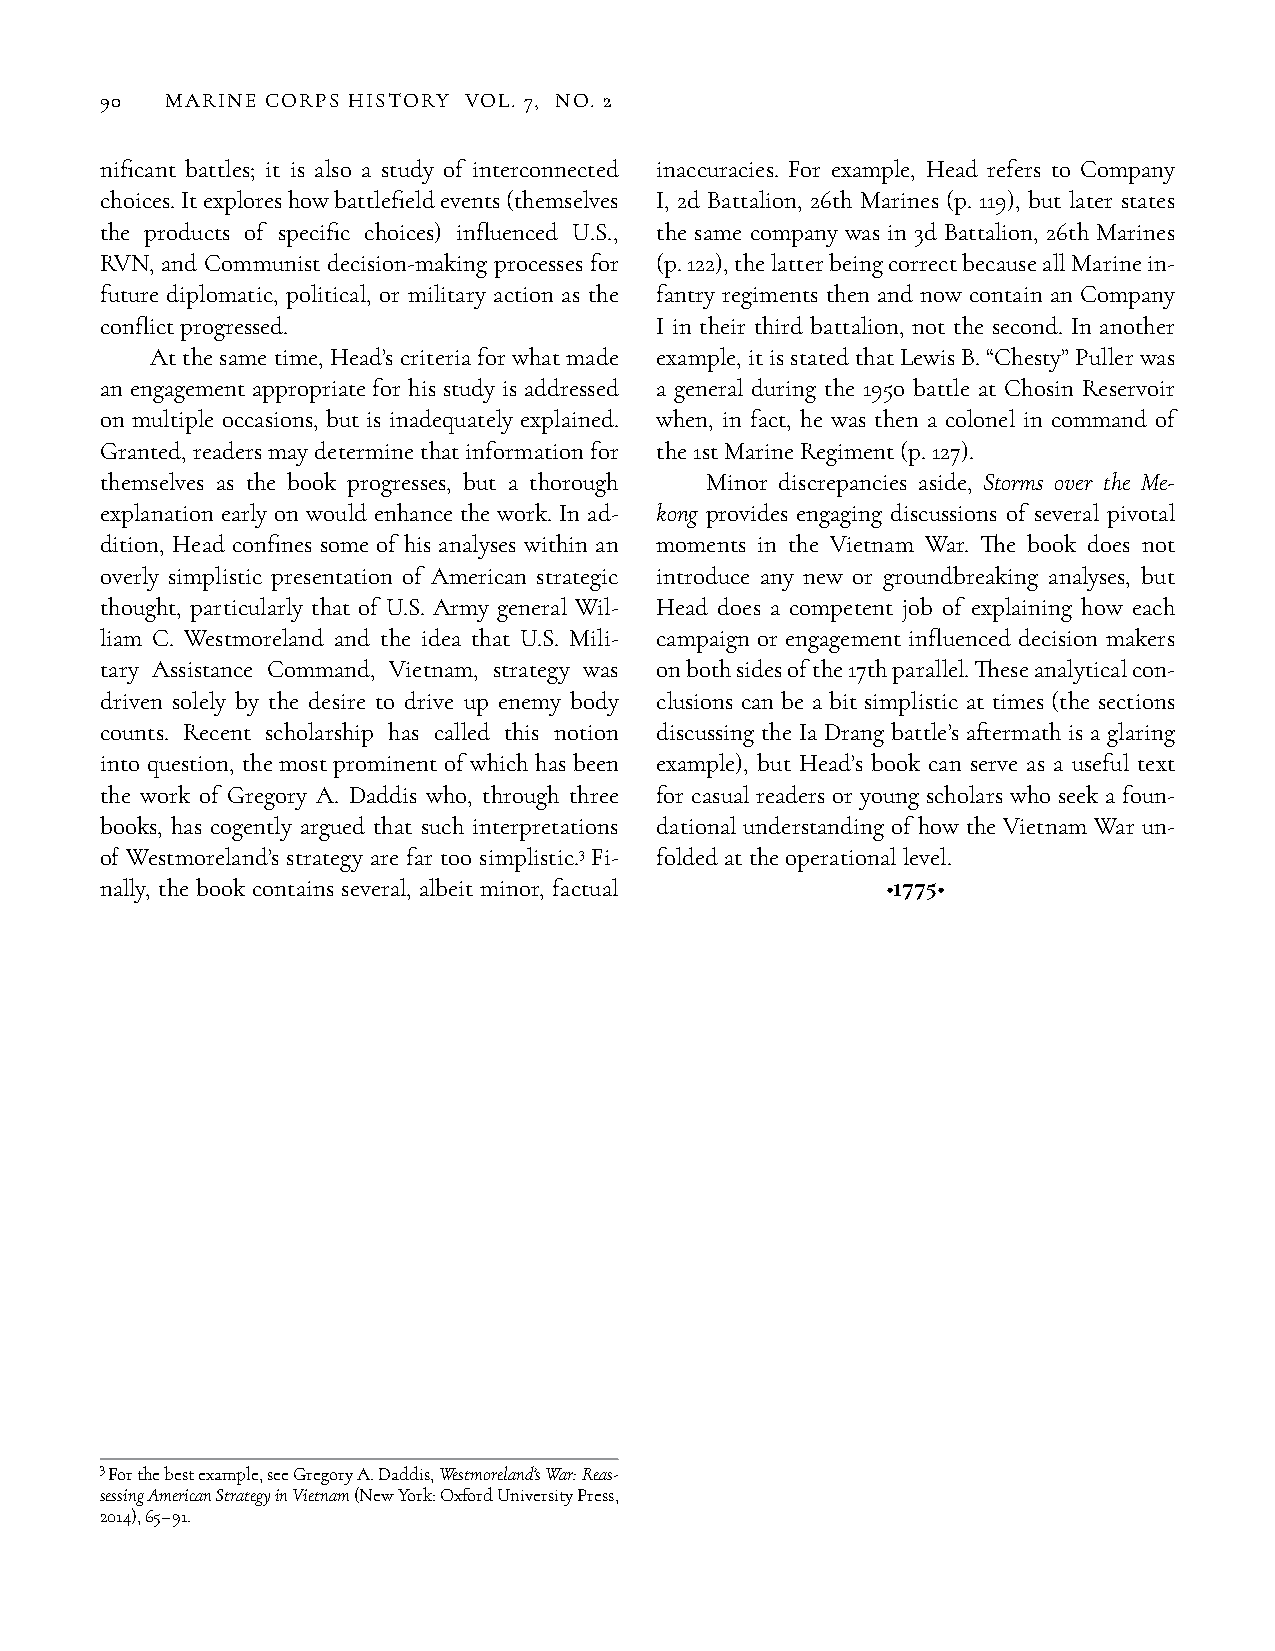
90  MARINE CORPS HISTORY VOL. 7, NO. 2
 nificant battles; it is also a study of interconnected inaccuracies. For example, Head refers to Company
 choices. It explores how battlefield events (themselves I, 2d Battalion, 26th Marines (p. 119), but later states
 the products of specific choices) influenced U.S., the same company was in 3d Battalion, 26th Marines
 RVN, and Communist decision-making processes for (p. 122), the latter being correct because all Marine in-
 future diplomatic, political, or military action as the fantry regiments then and now contain an Company
 conflict progressed.                I in their third battalion, not the second. In another
 At the same time, Head’s criteria for what made example, it is stated that Lewis B. “Chesty” Puller was
 an engagement appropriate for his study is addressed a general during the 1950 battle at Chosin Reservoir
 on multiple occasions, but is inadequately explained. when, in fact, he was then a colonel in command of
 Granted, readers may determine that information for the 1st Marine Regiment (p. 127).
 themselves as the book progresses, but a thorough Minor discrepancies aside, Storms over the Me-
 explanation early on would enhance the work. In ad- kong provides engaging discussions of several pivotal
 dition, Head confines some of his analyses within an moments in the Vietnam War. The book does not
 overly simplistic presentation of American strategic introduce any new or groundbreaking analyses, but
 thought, particularly that of U.S. Army general Wil- Head does a competent job of explaining how each
 liam C. Westmoreland and the idea that U.S. Mili- campaign or engagement influenced decision makers
 tary Assistance Command, Vietnam, strategy was on both sides of the 17th parallel. These analytical con-
 driven solely by the desire to drive up enemy body clusions can be a bit simplistic at times (the sections
 counts. Recent scholarship has called this notion discussing the Ia Drang battle’s aftermath is a glaring
 into question, the most prominent of which has been example), but Head’s book can serve as a useful text
 the work of Gregory A. Daddis who, through three for casual readers or young scholars who seek a foun-
 books, has cogently argued that such interpretations dational understanding of how the Vietnam War un-
 of Westmoreland’s strategy are far too simplistic.3 Fi- folded at the operational level.
 nally, the book contains several, albeit minor, factual •1775•
 3 For the best example, see Gregory A. Daddis, Westmoreland’s War: Reas-
 sessing American Strategy in Vietnam (New York: Oxford University Press,
 2014), 65–91.